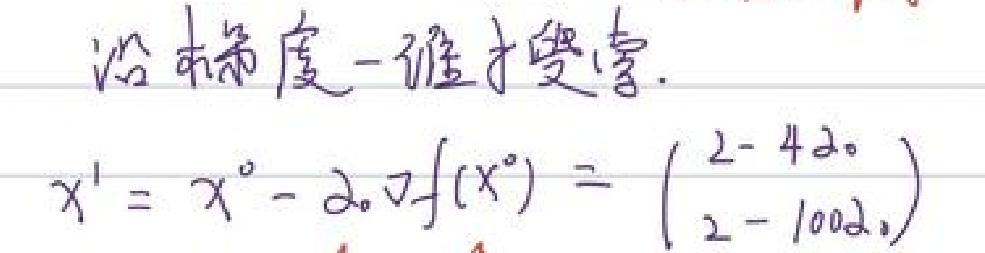
沿梯度一维搜索.
$x^{1}=x^{0}-\alpha_{0}\nabla f(x^{0})=\begin{pmatrix}2 - 4\alpha_{0}\\2 - 100\alpha_{0}\end{pmatrix}$